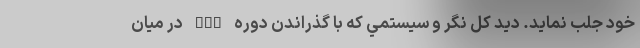
خود جلب نمايد. ديد كل نگر و سيستمي كه با گذراندن دوره MBA در ميان